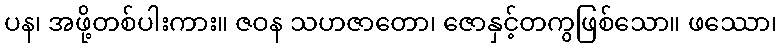
ပန၊ အဖို့တစ်ပါးကား။ ဇဝန သဟဇာတော၊ ဇောနှင့်တကွဖြစ်သော။ ဖဿော၊